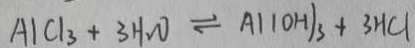
A 1 C l _ { 3 } + 3 H _ { 2 } O \rightleftharpoons A l ( O H ) _ { 3 } + 3 H C l